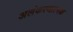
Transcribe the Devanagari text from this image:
अलंकरणात्मक